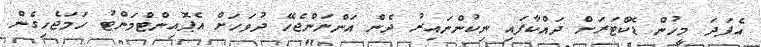
އެފަދަ މީހުން ޑޮކްޓަރަށް ދައްކާފައި ނިކުންނައިރު ދެން އަންނަންޖެހޭ ދުވަހަށް އެޕޮއިންޓްމަންޓު ހަމަޖެހިގެން